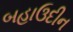
બહાઉદીન